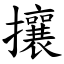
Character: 攘